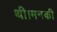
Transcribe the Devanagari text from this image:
थी।मनकी